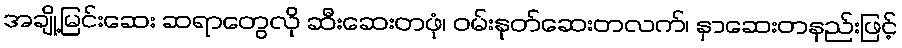
အချို့မြင်းဆေး ဆရာတွေလို ဆီးဆေးတဖုံ၊ ဝမ်းနုတ်ဆေးတလက်၊ နှာဆေးတနည်းဖြင့်